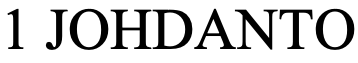
1 JOHDANTO